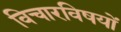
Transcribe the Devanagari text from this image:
विचारविषयों